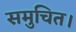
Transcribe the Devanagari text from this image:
समुचित।